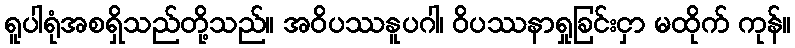
ရူပါရုံအစရှိသည်တို့သည်။ အဝိပဿနူပဂါ၊ ဝိပဿနာရှုခြင်းငှာ မထိုက် ကုန်။